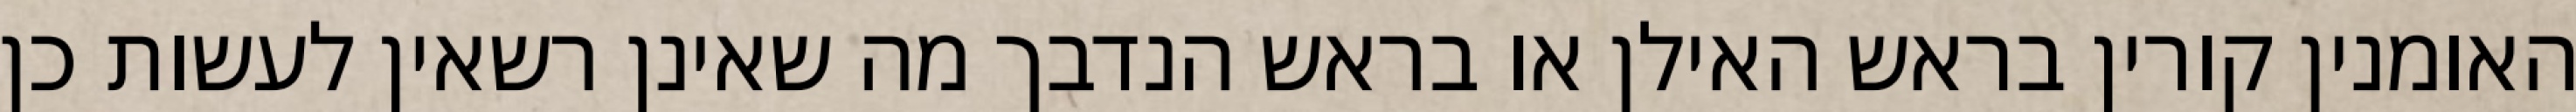
האומנין קורין בראש האילן או בראש הנדבך מה שאינן רשאין לעשות כן